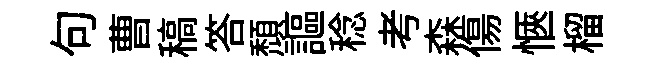
句曹稿答頽謳稔考森傷愜榴